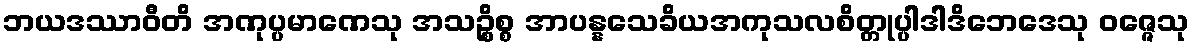
ဘယဒဿာဝီတိ အဏုပ္ပမာဏေသု အသဉ္စိစ္စ အာပန္နသေခိယအကုသလစိတ္တုပ္ပါဒါဒိဘေဒေသု ဝဇ္ဇေသု